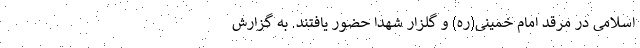
اسلامی در مرقد امام خمینی(ره) و گلزار شهدا حضور یافتند. به گزارش